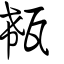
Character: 瓻